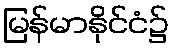
မြန်မာနိုင်ငံ၌